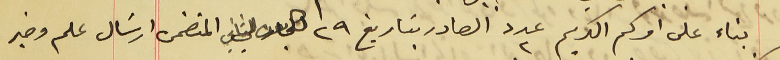
بناء على امركم الكريم عدد ٢ الصادر بتاريخ ٢٩ كانون الثاني المتضمن ارسَال علم وخبر